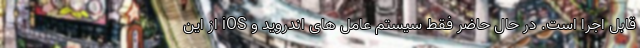
قابل اجرا است. در حال حاضر فقط سیستم عامل های اندروید و iOS از این